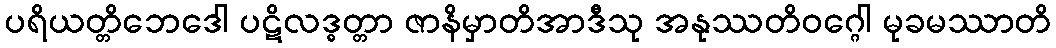
ပရိယတ္တိဘေဒေါ ပဋိလဒ္ဓတ္တာ ဇာနိမှာတိအာဒီသု အနုဿတိဝဂ္ဂေါ မုခမဿာတိ